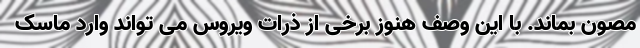
مصون بماند. با این وصف هنوز برخی از ذرات ویروس می تواند وارد ماسک